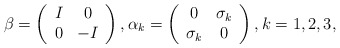
\begin{align*}\beta=\left(\begin{array}{cc}I&0\\0&-I\end{array}\right), \alpha_k=\left(\begin{array}{cc}0&\sigma_k\\\sigma_k&0\end{array}\right), k=1,2,3,\end{align*}